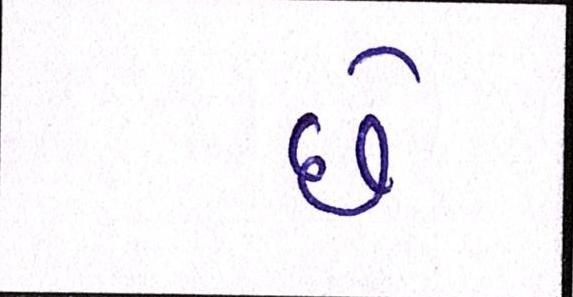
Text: છેઃ